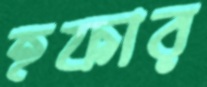
হফার